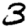
Digit: 3